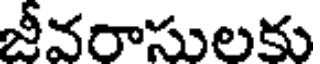
జీవరాసులకు